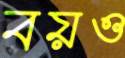
বয়ও